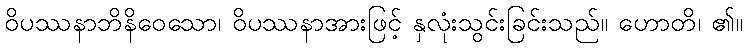
ဝိပဿနာဘိနိဝေသော၊ ဝိပဿနာအားဖြင့် နှလုံးသွင်းခြင်းသည်။ ဟောတိ၊ ၏။